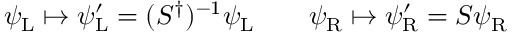
\psi _ { \mathrm { { L } } } \mapsto \psi _ { \mathrm { { L } } } ^ { \prime } = ( S ^ { \dagger } ) ^ { - 1 } \psi _ { \mathrm { { L } } } \qquad \psi _ { \mathrm { { R } } } \mapsto \psi _ { \mathrm { { R } } } ^ { \prime } = S \psi _ { \mathrm { { R } } }